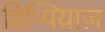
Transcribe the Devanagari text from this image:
हिप्पियाज़